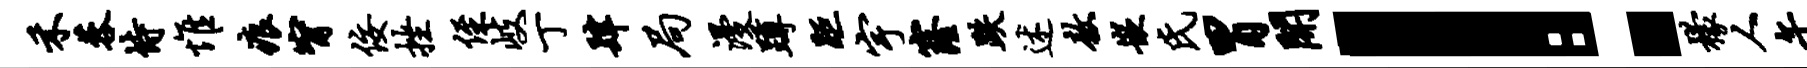
禾蓉恃惟痕甯佞挫侄岐丁肆局漫蹲距宇窿跌述敖嵌氏胃开！檬人午